Indian journal of veterinary science and animal husbandry - Volumes 18-21, 1948-1951
Year: 1948
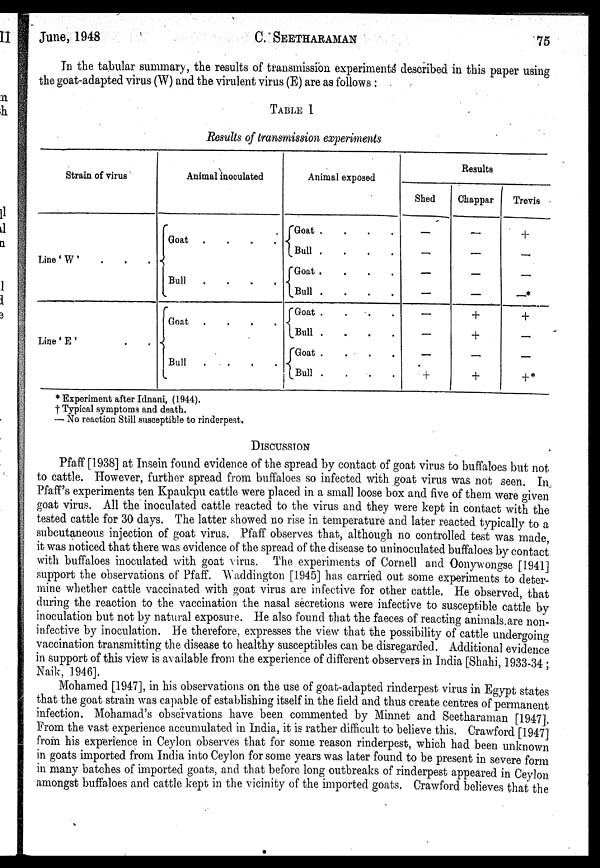
June, 1948
C.
SEETHARAMAN
75
In the tabular summary, the results of transmission experiments described in this paper using
the goat-adapted virus (W) and the virulent virus (E) are as follows :
TABLE I
Results of transmission experiments
Strain of virus
Line 'W' . . .
Line 'E'
.
.
Animal inoculated
Goat
.
.
.
.
Bull
.
.
.
.
Goat
.
.
.
.
Bull
.
.
.
.
Animal exposed
Goat
.
.
.
.
Bull
.
.
.
.
Goat
.
.
.
.
Bull
.
.
.
.
Goat . . . .
Bull
.
.
.
.
Goat . . . .
Bull
.
.
.
.
Results
Shed
—
—
—
—
—
—
—
+
Chappar
—
—
—
—
+
+
—
+
Trevis
+
—
—
—*
+
—
—
+ *
* Experiment after Idnani, (1944).
† Typical symptoms and death.
— No reaction Still susceptible to rinderpest.
DISCUSSION
Pfaff [1938] at Insein found evidence of the spread by contact of goat virus to buffaloes but not
to cattle. However, further spread from buffaloes so infected with goat virus was not seen. In
Pfaff's experiments ten Kpaukpu cattle were placed in a small loose box and five of them were given
goat virus. All the inoculated cattle reacted to the virus and they were kept in contact with the
tested cattle for 30 days. The latter showed no rise in temperature and later reacted typically to a
subcutaneous injection of goat virus. Pfaff observes that, although no controlled test was made,
it was noticed that there was evidence of the spread of the disease to uninoculated buffaloes by contact
with buffaloes inoculated with goat virus. The experiments of Cornell and Oonywongse [1941]
support the observations of Pfaff. Waddington [1945] has carried out some experiments to deter-
mine whether cattle vaccinated with goat virus are infective for other cattle. He observed that
during the reaction to the vaccination the nasal secretions were infective to susceptible cattle by
inoculation but not by natural exposure. He also found that the faeces of reacting animals are non¬
infective by inoculation. He therefore, expresses the view that the possibility of cattle undergoing
vaccination transmitting the disease to healthy susceptibles can be disregarded. Additional evidence
in support of this view is available from the experience of different observers in India [Shahi, 1933-34 ;
Naik, 1946].
Mohamed [1947], in his observations on the use of goat-adapted rinderpest virus in Egypt states
that the goat strain was capable of establishing itself in the field and thus create centres of permanent
infection. Mohamad's observations have been commented by Minnet and Seetharaman [1947].
From the vast experience accumulated in India, it is rather difficult to believe this. Crawford [1947]
from his experience in Ceylon observes that for some reason rinderpest, which had been unknown
in goats imported from India into Ceylon for some years was later found to be present in severe form
in many batches of imported goats, and that before long outbreaks of rinderpest appeared in Ceylon
amongst buffaloes and cattle kept in the vicinity of the imported goats. Crawford believes that the